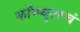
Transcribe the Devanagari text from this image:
कॉम्प्युटरचं